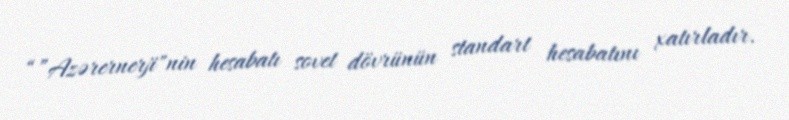
“”Azərernerji"nin hesabatı sovet dövrünün standart hesabatını xatırladır.